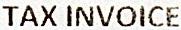
TAX INVOICE